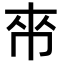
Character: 𫷃